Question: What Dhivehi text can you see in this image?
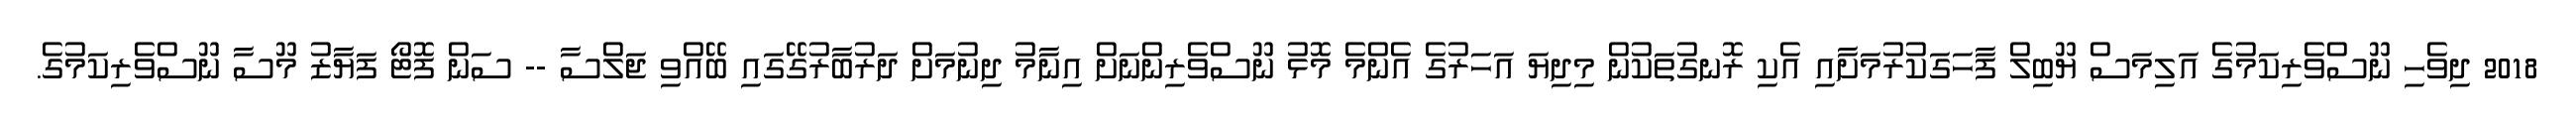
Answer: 2018 ދިވެހި ނޫސްވެރިކަމުގެ އަލިމަސް ޔޫބިލް ފާހަގަކުރުމަށާއި އެކި ރޮނގުތަކުން މިދިޔަ އަހަރުގެ އެންމެ މޮޅު ނޫސްވެރިންނަށް އިނާމު ދިނުމަށް ދަރުބާރުގޭގައި ބޭއްވި ޖަލްސާ -- ސަން ފޮޓޯ ފަޔާޒު މޫސާ ނޫސްވެރިކަމުގެ.